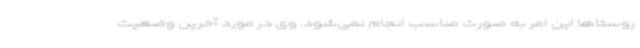
روستاها این امر به صورت مناسب انجام نمی‌شود. وی در مورد آخرین وضعیت